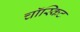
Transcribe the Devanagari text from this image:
चॉस्किट